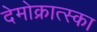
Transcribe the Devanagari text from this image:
देमोक्रात्स्का